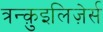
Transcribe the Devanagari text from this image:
त्रन्क़ुइलिज़ेर्स